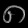
Digit: ၈